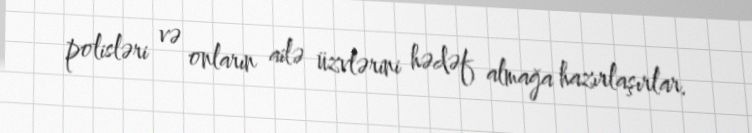
polisləri və onların ailə üzvlərini hədəf almağa hazırlaşırlar.